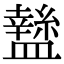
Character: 𥃁